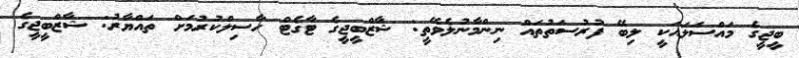
ބީޖީގެ މައްސަލައަކީ ލިބޭ ފުރުސަތުތައް ނިންމާނުލެވޭތީ: ޝާޒްބީޖީގެ ޓާގެޓް ހާސިލްކުރުމަށް ތައްޔާރު: ޝާޒްބީޖީގެ